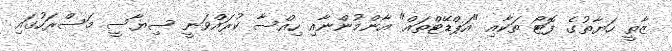
ޒާތީ ހަޔާތުގެ ފޮޓޯ ތަކާއި "އަޕްޑޭޓްތައް" އާންމުންނާއި ހިއްސާ ކުރައްވަނީ ސިޔާސީ މަސްރަހުގައި